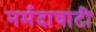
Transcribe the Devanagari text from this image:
नर्मदाघाटी